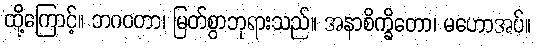
ထို့ကြောင့်။ ဘဂဝတာ၊ မြတ်စွာဘုရားသည်။ အနာစိက္ခိတော၊ မဟောအပ်။